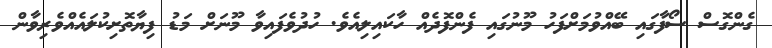
ގެންގޮސް ސޯފާގައި ބޭއްވުމަށްފަހު މޫނުގައި ފެންފޮދެއް ހާކައިލިއެވެ. ހުދުވެފައިވާ މޫނަށް މަޑު ފިޔާތޮށިކުލައެއްވެރިވާން